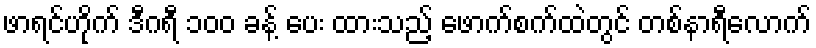
ဖာရင်ဟိုက် ဒီဂရီ ၁၀၀ ခန့် ပေး ထားသည့် ဖောက်စက်ထဲတွင် တစ်နာရီလောက်